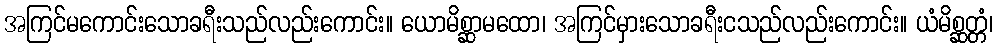
အကြင်မကောင်းသောခရီးသည်လည်းကောင်း။ ယောမိစ္ဆာမထော၊ အကြင်မှားသောခရီးငသည်လည်းကောင်း။ ယံမိစ္ဆတ္တံ၊